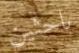
باحثين